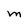
Character: M